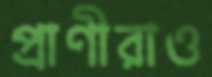
প্রাণীরাও